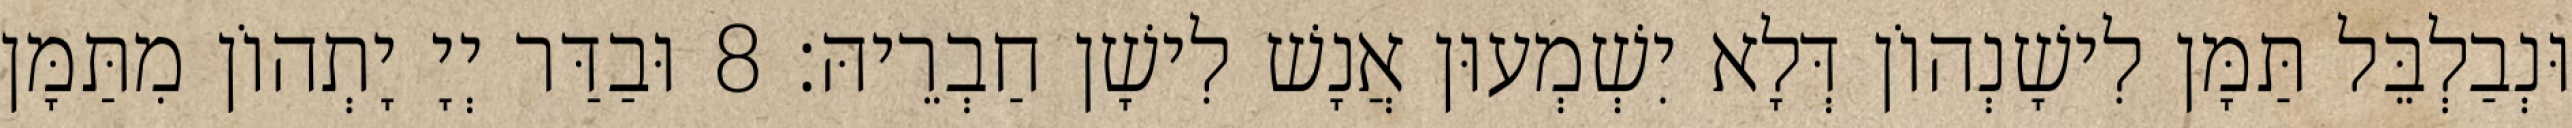
וּנְבַלְבֵּל תַּמָּן לִישָׁנְהוֹן דְּלָא יִשְׁמְעוּן אֲנָשׁ לִישָׁן חַבְרֵיהּ׃ 8 וּבַדַּר יְיָ יָתְהוֹן מִתַּמָּן